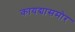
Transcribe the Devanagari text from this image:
कायद्यासमोर